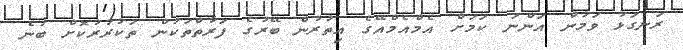
ރަނގަޅު ވަމުން އަންނަ ކަމަށް އެމްއެމްއޭގެ އިތުރުން ބޭރުގެ ފަރާތްތަކުން ތަކުރާރުކޮށް ބުނެ